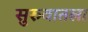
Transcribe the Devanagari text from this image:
सुरुवातला